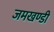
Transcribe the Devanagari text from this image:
जमखण्डी